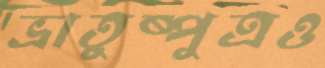
ভ্রাতুষ্পুত্রও